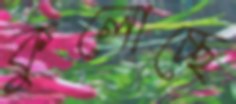
কুলোচ্ছে